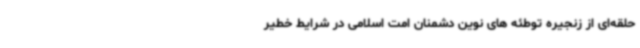
حلقه‌ای از زنجیره توطئه های نوین دشمنان امت اسلامی در شرایط خطیر